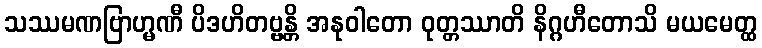
သဿမဏဗြာဟ္မဏီ ပိဒဟိတဗ္ဗန္တိ အနုဝါတော ဝုတ္တဿာတိ နိဂ္ဂဟီတောသိ မယမေတ္ထ